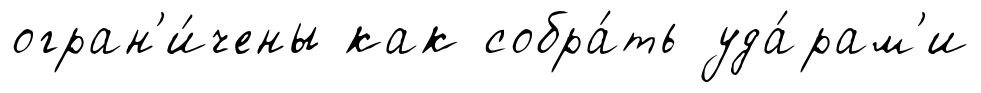
огран'и́чены как собра́ть уда́рам'и